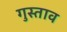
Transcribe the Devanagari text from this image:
गुस्‍ताव